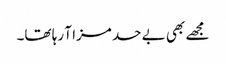
مجھے بھی بے حد مزا آ رہا تھا۔